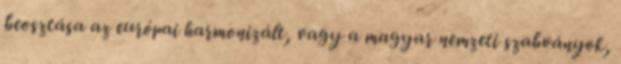
beosztása az európai harmonizált, vagy a magyar nemzeti szabványok,